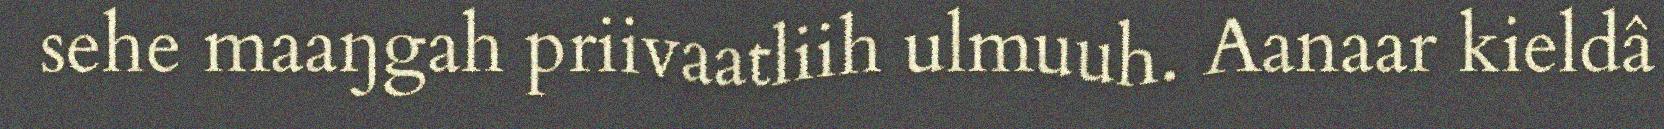
sehe maaŋgah priivaatliih ulmuuh. Aanaar kieldâ